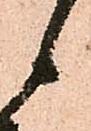
候